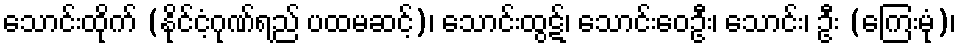
သောင်းထိုက် (နိုင်ငံ့ဂုဏ်ရည် ပထမဆင့်)၊ သောင်းထွဋ်၊ သောင်းဝေဦး၊ သောင်း၊ ဦး (ကြေးမုံ)၊